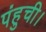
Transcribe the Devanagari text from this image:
पंहुची।